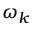
\omega _ { k }